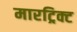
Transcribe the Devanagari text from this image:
मारट्रिक्ट